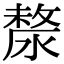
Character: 漦